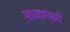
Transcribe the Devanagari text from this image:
मध्यामध्ये